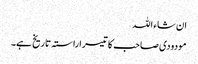
ان شاء اللہ
مودودی صاحب کا تیسرا راستہ تاریخ ہے۔